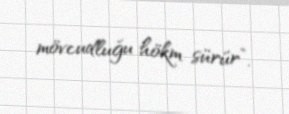
mövcudluğu hökm sürür”.